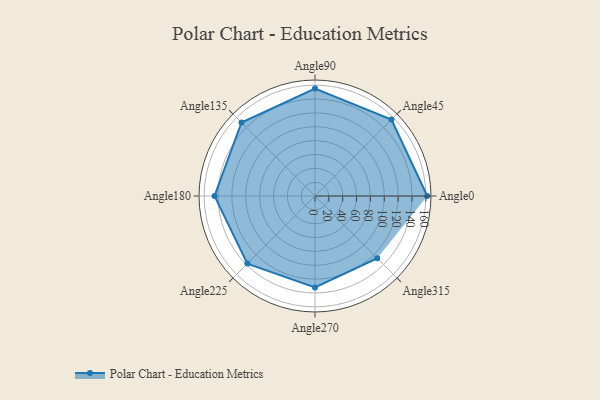
{"axis": {"x": "Angle", "y": "Radius"}, "legend": [""], "data": [{"x": "Angle0", "y": 162.0, "type": ""}, {"x": "Angle45", "y": 156.0, "type": ""}, {"x": "Angle90", "y": 155.0, "type": ""}, {"x": "Angle135", "y": 150.0, "type": ""}, {"x": "Angle180", "y": 145.0, "type": ""}, {"x": "Angle225", "y": 138.0, "type": ""}, {"x": "Angle270", "y": 132.0, "type": ""}, {"x": "Angle315", "y": 127.0, "type": ""}]}